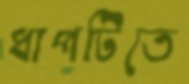
ধাপটিতে